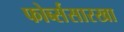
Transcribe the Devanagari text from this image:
फोर्ब्ससारखा